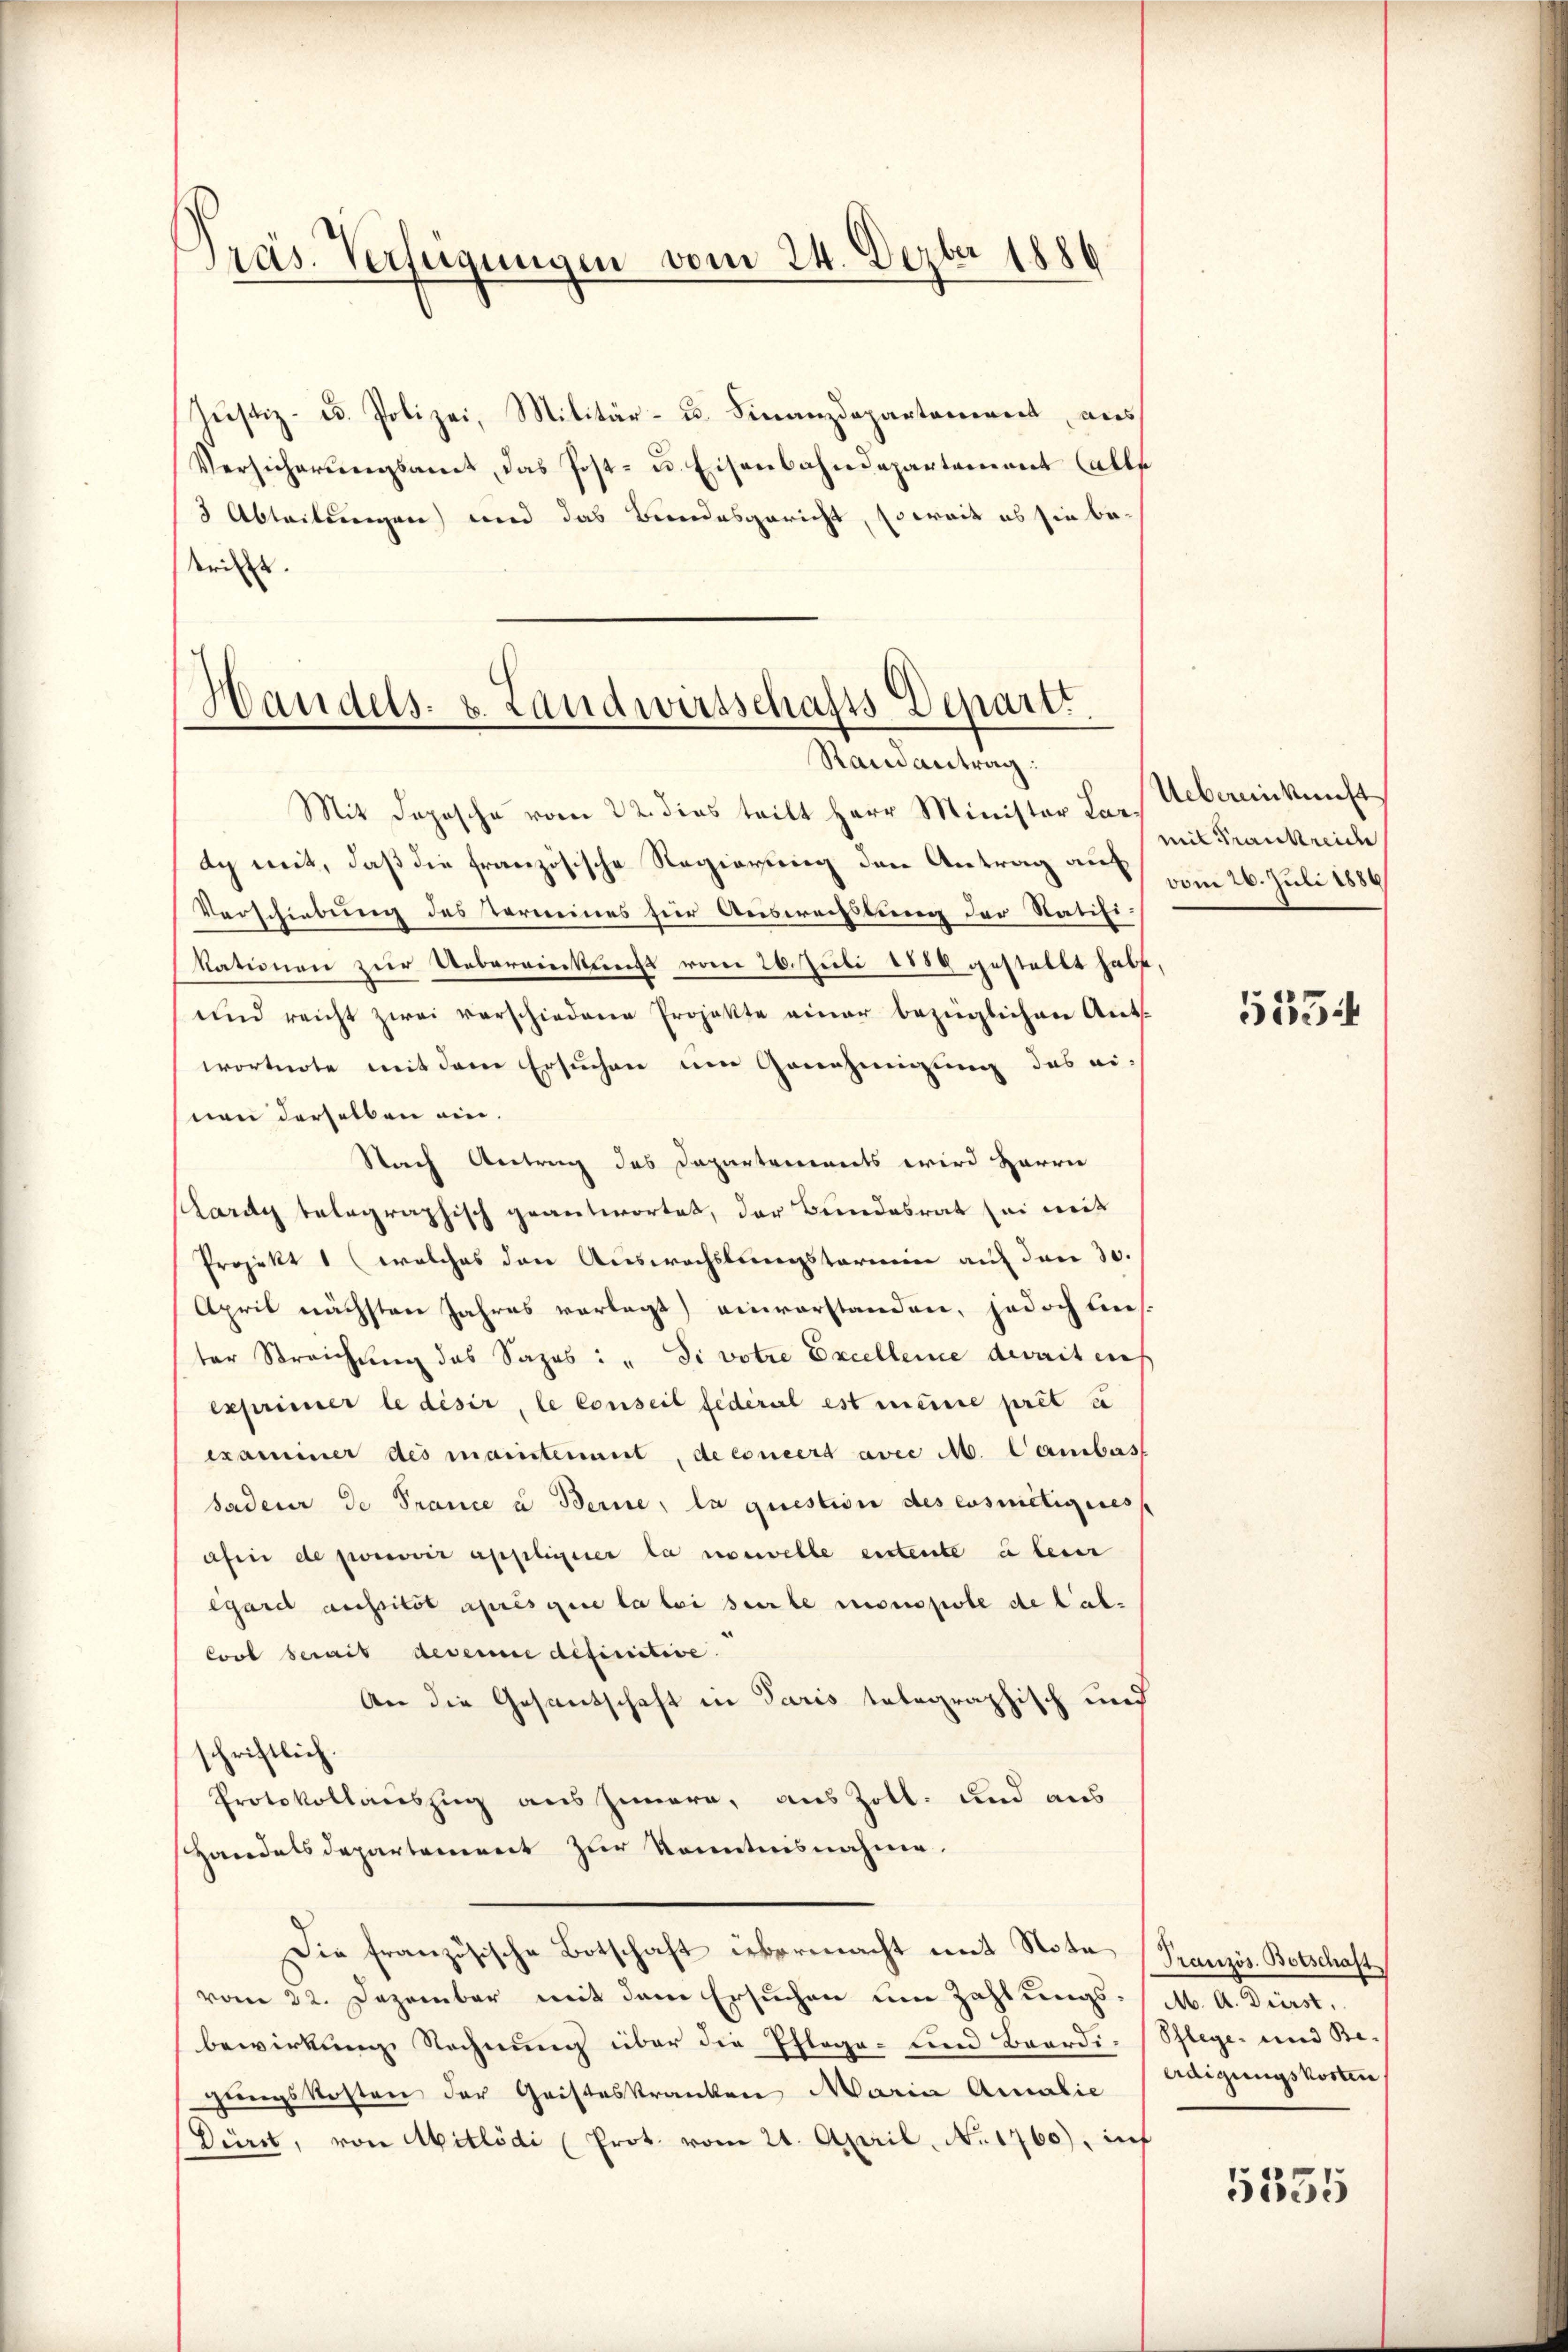
Präs. Verfügungen vom 24. Dezbr 1886

Justiz- u. Polizei, Militär- u. Finanzdepartement aus
Versicherŭngsamt das Post- u. Eisenbahndepartement Calls
3 Abteilungen und das Bundesgericht, so weit es sie bederiret. |

Handels- u. Landwirtschafts Departi
Randantrag:

Mit Depesche vom 22. dies teilt Herr Minister Lar. Uebereinkunft
dch mit, daß die französische Regierung den Antrag auf
Vorschiebung des Termines für Ausweistung der Ratifikationen zur Uebereinkunft vom 26. Juli 1889 gestellt habt,
und reicht zwei verschiedene Projekte einer bezüglichen Ant.
wortnote mit dem Ersuchen um Genehmigung des einen derselben ein.
Nach Antrag des Dapartements wird Herrn
Kardg telegraphisch geantwortet, der Bundesrat sei mit
Projekt 1 (welches den Auswachslungstarnein auf den 30.
Aprit nächsten Jahres vorlegt) einvorstanden, jedoch bei.
ter Streichung des Sazes: „Si votre Excellence devait dies
exprimer le désir, le conseil fédéral est meine pret z
examiner des maistenant, de concert avec M. Cambas
sadeur de Prance u Berne, la question des eusmietigeres
ahin de promovir applisserer la nouvelle entente u lei
egard aussitôt après que la bei sur le monopole de Cal¬
Cool serait devenue definitive.
An die Gesantschaft in Paris telegraphisch und
schriftlich.
Protokollauszug aus Innern, aus Zoll- und aus
Handelsdepartement zur Kenntnisnahme,
Die französische Botschaft übermacht mit Nota (Pranzös. Botschaft
vom 22. Dezember mit dem Ersuchen um Zahlungs- / M. A. Dürst,
bewirkung Rechnung über die Pflege- und Baardi-Pflege- und Be-
gungskosten der Gristeskranken Maria Amalie
Dürst, von Mitlödi (Prot. vom 21. April, No 1760), inf

mit Frankreide
vom 26. Juli 1886

5534

erdigungskosten

5335